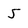
Character: 5